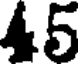
45